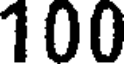
100